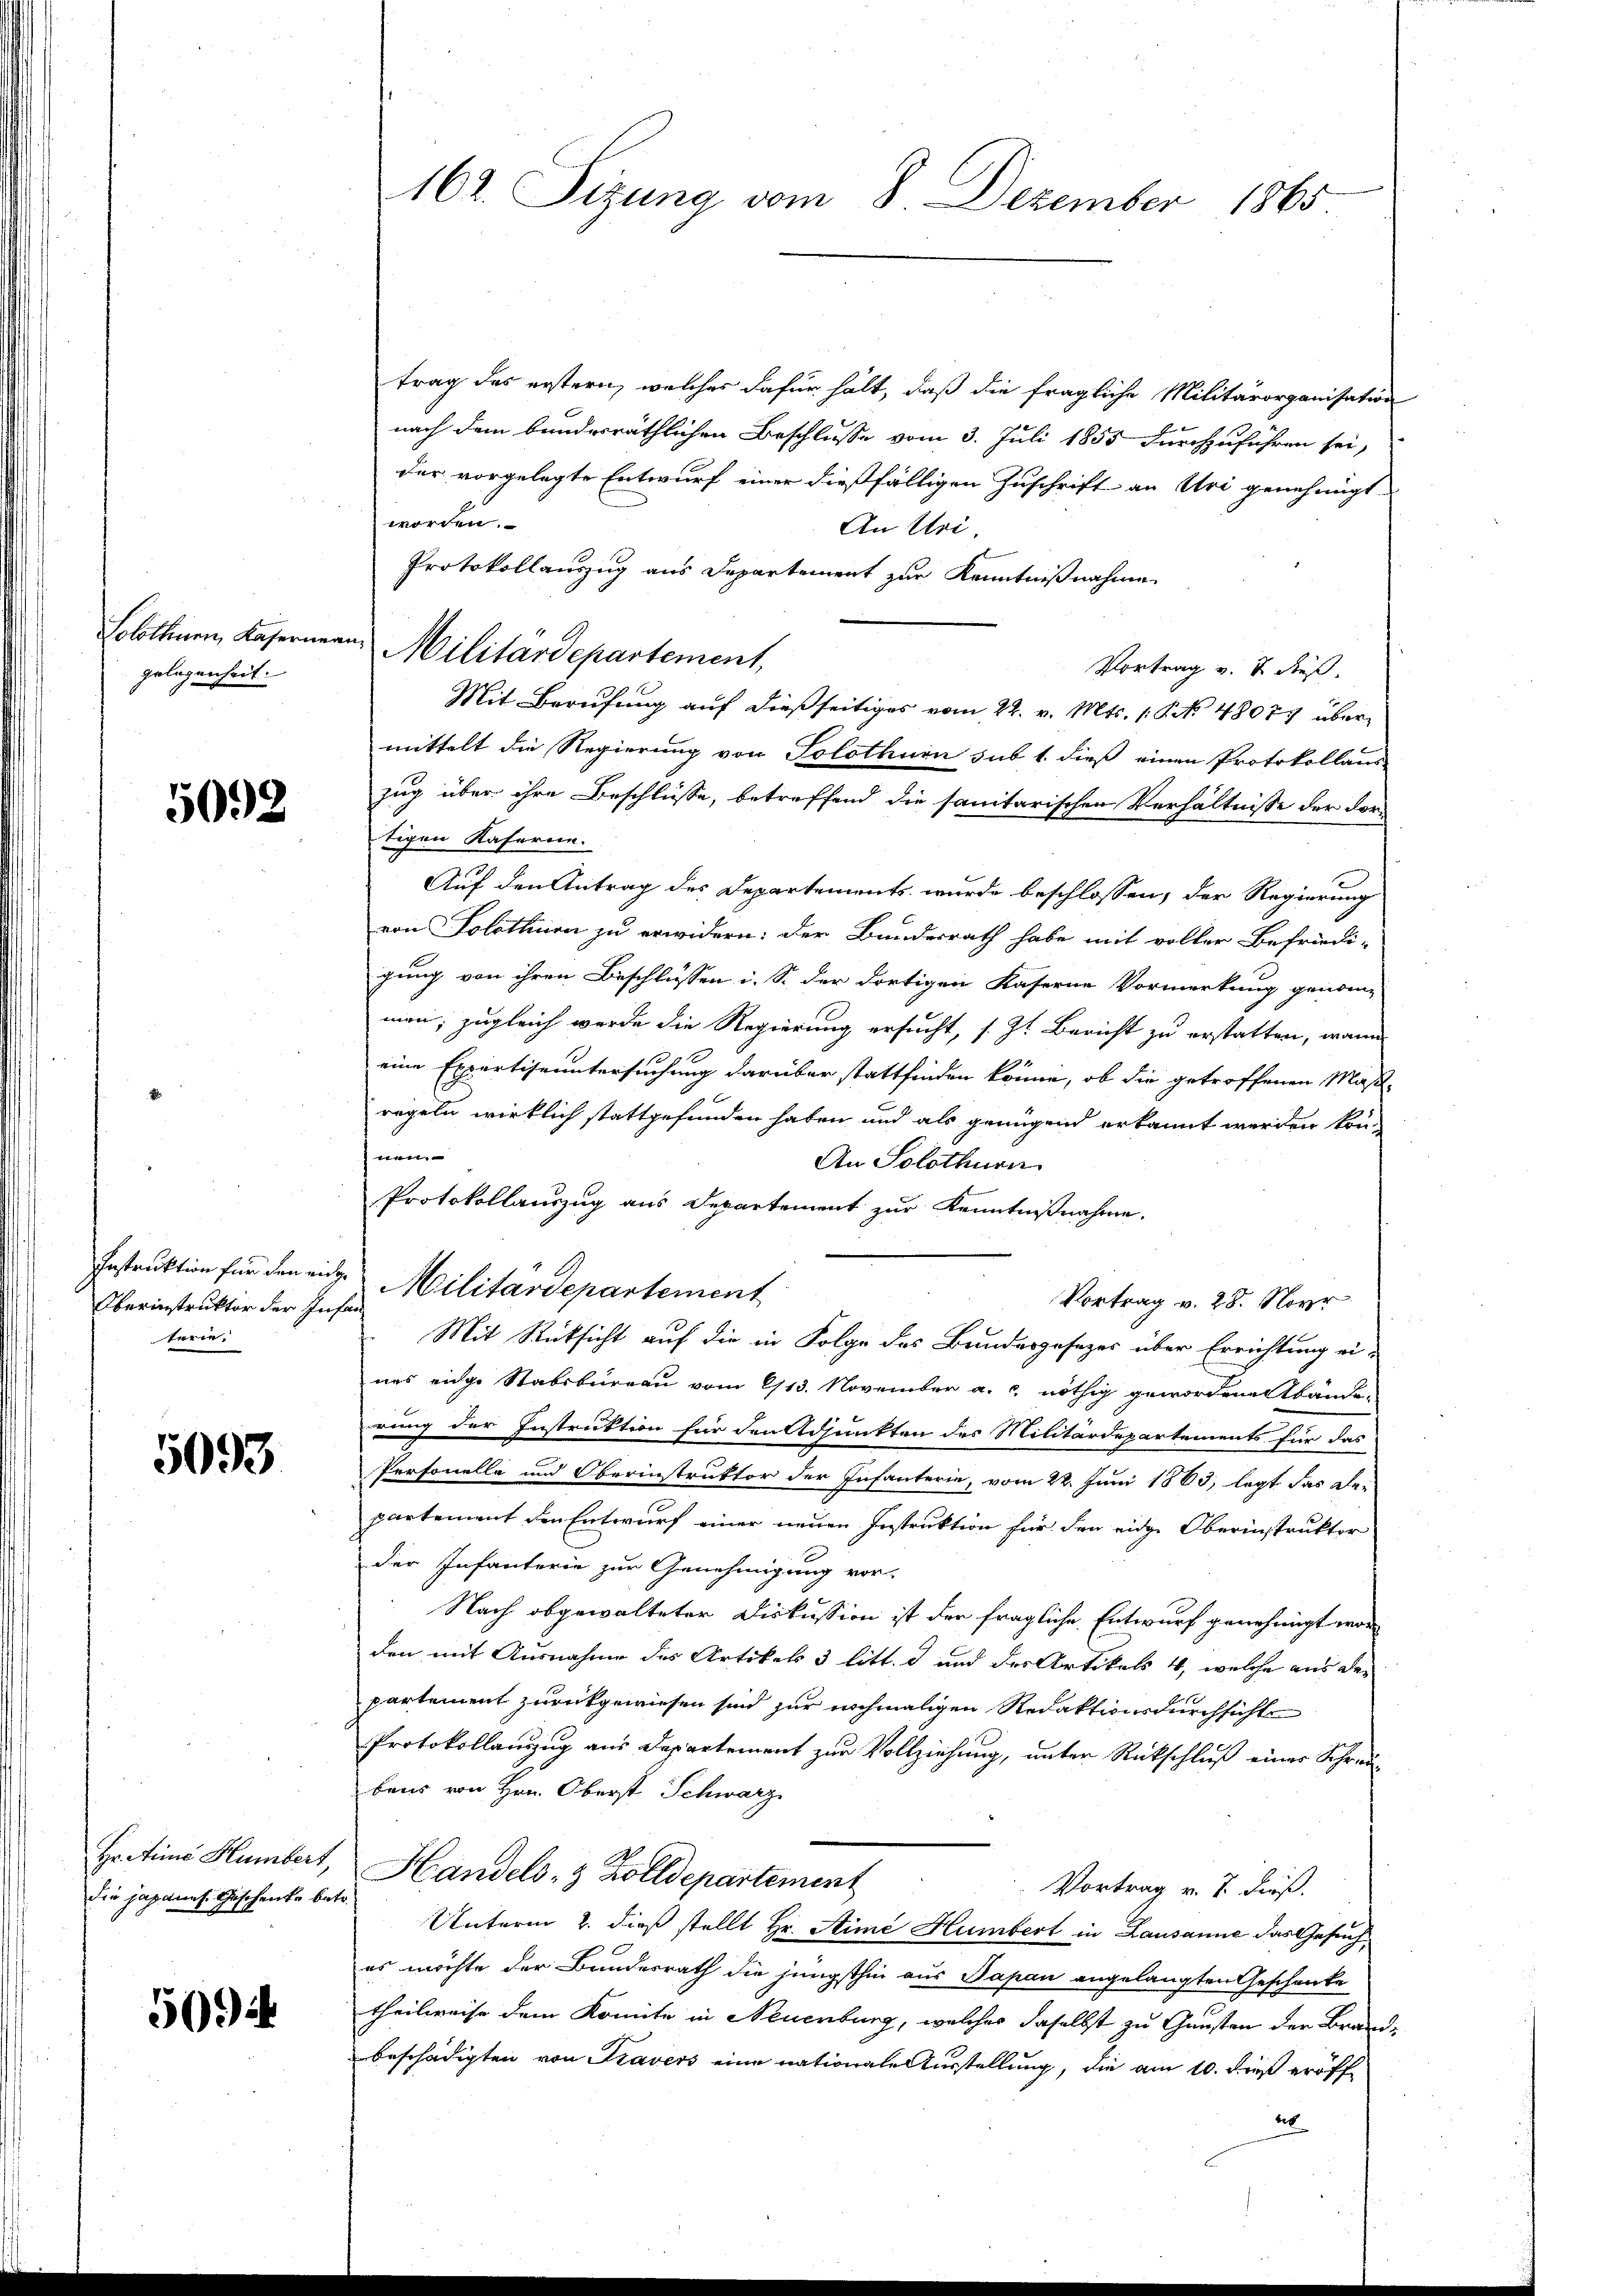
Solothurn, Kaserman
gelegenheit.

5092

Oberinstruktor der Infan
terie.

5093

Hr. Anna Humbert,
die japanes Geschenke bei

500

162. Sizung vom 8. Dezember 1865

trag des erstern, welches dafür hält, daß die fragliche Militärorganisation
nach dem bundesräthlichen Beschlusse vom 3. Juli 1855 durchzuführen sei,
der vorgelegte Entwurf einer dießfälligen Zuschrift an Uri genehmigt
worden.
An Uri,
Protokollauszug aus Departement zur Kenntnißnahme
Militärdepartement,
Vortrag v. J. dieß.
Mit Berufung auf dießseitiges vom 22. v. Mts. 1. P. Nr. 48077 übermittelt die Regierung von Solothurn sub 1. dieß einen Protokollaus-
zug über ihre Beschlüsse, betreffend die sanitarischen Verhältnisse der For-
tigen Kaferne.
Auf den Antrag des Departements wurde beschlossen, der Regierung
von Solothurn zu erwidern: der Bundesrath habe mit voller Befriedi-
gung von ihren Beschlüssen i. S. der dortigen Kaserne Vormerkung genommen; zugleich werde die Regierung ersucht, s. Zt. Bericht zu erstatten, wann
1
eine Expertiseuntersuchung darüber stattfinden könne, ob die getroffenen Maßregeln wirklich stattgefunden haben und als genügend erkannt werden kön-
.
An Solothurn
Protokollauszug aus Departement zur Kenntnißnahme.
Instruktion für den eidg. Militärdepartement
Vortrag v. 28. Novr
Mit Rücksicht auf die in Folge des Bundesgesezes über Errichtung ei-
nes eidge Stabsbureau vom 9/13. November a. c. nöthig gewordene Abände-
rung der Instruktion für den Adjunkten des Militärdepartements für das
Personelle und Oberinstruktor der Infanterie, vom 22. Juni 1883, legt das Repartement den Entwurf einer neuen Instruktion für den eide Oberinstruktor
der Infanterie zur Genehmigung vor-
Nach abgewalteter Diskussion ist der fragliche Entwurf genehmigt worden mit Ausnahme des Artikel 3 litt. d und des Artikels 4, welche aus de
partement zurückgewiesen sind zur nochmaligen Redaktionsdurchsicht
Protokollanzzug aus Departement zur Vollziehung, unter Rückschluß einer Schreibens von Hrn. Oberst Schwarz
Handels- & Zolldepartement
Vortrag v. 7. dieß.
Unterm 2. dieß stellt Hr. Stimé Humbert in Lausanne das Gesuch,
es möchte der Bundesrath die jüngsthin aus Papan angelangten Geschenke
theilweise dem Komite in Neuenburg, welches daselbst zu Gunsten der Brandbeschädigten von Travers eine nationale Ausstellung, die am 10. dieß eröff¬
20